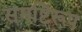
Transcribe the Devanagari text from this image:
समष्टिरूप